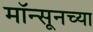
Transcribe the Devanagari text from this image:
मॉन्सूनच्या